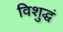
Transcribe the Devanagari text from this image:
विशुद्धं